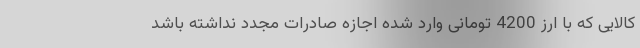
کالایی که با ارز 4200 تومانی وارد شده اجازه صادرات مجدد نداشته باشد